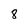
Character: 8